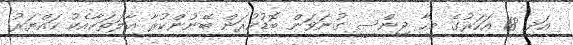
އަދި 18 އަހަރުގެ މީހާ ޖިންސީ ގުނަވަން ބޮޑުކުރަން ބޭނުންކުރާ އާލަތަކާއެކު ހައްޔަރު